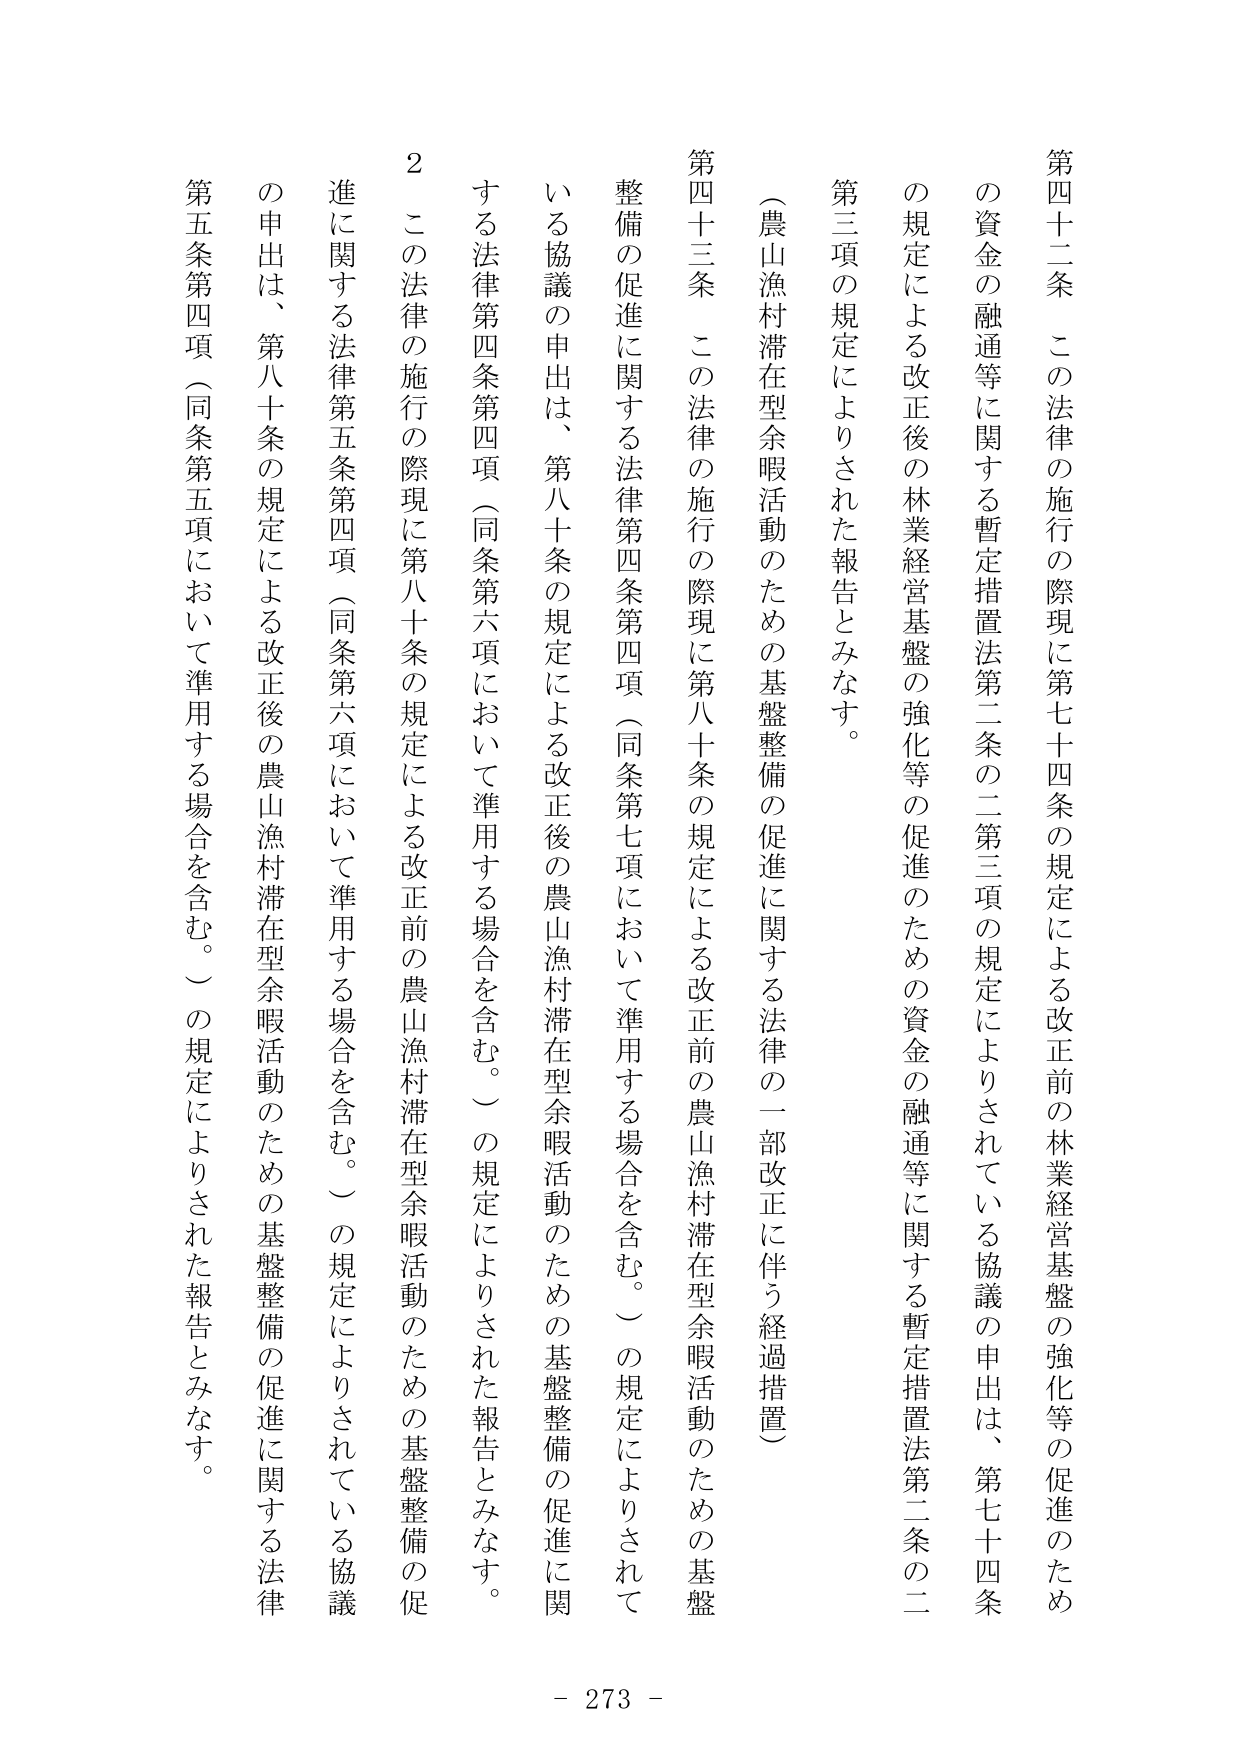
第四十二条　この法律の施行の際現に第七十四条の規定による改正前の林業経営基盤の強化等の促進のための資金の融通等に関する暫定措置法第二条の二第三項の規定によりされている協議の申出は、第七十四条の規定による改正後の林業経営基盤の強化等の促進のための資金の融通等に関する暫定措置法第二条の二第三項の規定によりされた報告とみなす。

（農山漁村滞在型余暇活動のための基盤整備の促進に関する法律の一部改正に伴う経過措置）

第四十三条　この法律の施行の際現に第八十条の規定による改正前の農山漁村滞在型余暇活動のための基盤整備の促進に関する法律第四条第四項（同条第七項において準用する場合を含む。）の規定によりされている協議の申出は、第八十条の規定による改正後の農山漁村滞在型余暇活動のための基盤整備の促進に関する法律第四条第四項（同条第六項において準用する場合を含む。）の規定によりされた報告とみなす。

２　この法律の施行の際現に第八十条の規定による改正前の農山漁村滞在型余暇活動のための基盤整備の促進に関する法律第五条第四項（同条第六項において準用する場合を含む。）の規定によりされている協議の申出は、第八十条の規定による改正後の農山漁村滞在型余暇活動のための基盤整備の促進に関する法律第五条第四項（同条第五項において準用する場合を含む。）の規定によりされた報告とみなす。

- 273 -